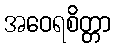
အဝေရစိတ္တာ